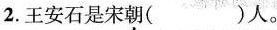
2.王安石是宋朝( )人。